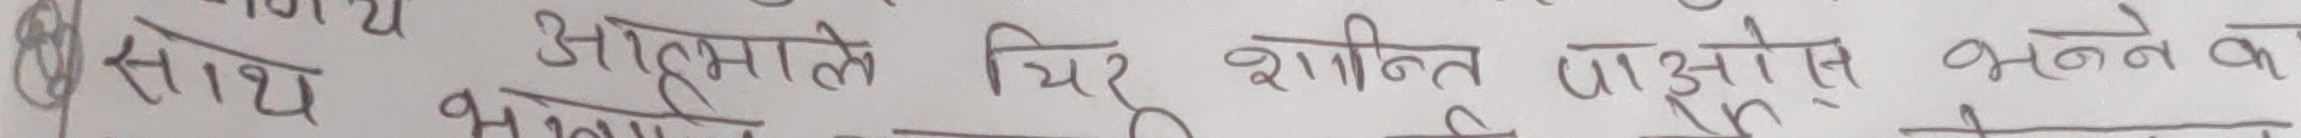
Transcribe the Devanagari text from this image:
साथ आत्माले चिर शान्ति पाऔस भन्नेक